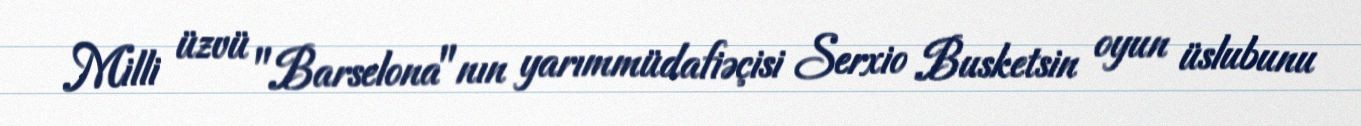
Milli üzvü "Barselona"nın yarımmüdafiəçisi Serxio Busketsin oyun üslubunu